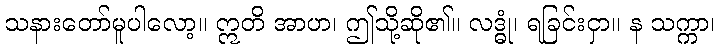
သနားတော်မူပါလော့။ ဣတိ အာဟ၊ ဤသို့ဆို၏။ လဒ္ဓုံ၊ ရခြင်းငှာ။ န သက္ကာ၊